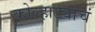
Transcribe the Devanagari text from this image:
कोल्हाट्याचं